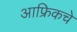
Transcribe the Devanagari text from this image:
आफ्रिकचे